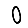
Digit: 0